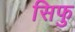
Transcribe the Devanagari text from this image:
सिफु